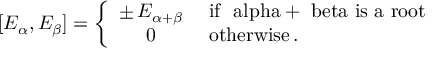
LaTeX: [ E _ { \alpha } , E _ { \beta } ] = \left\{ \begin{array} { c l } { { \pm \, E _ { \alpha + \beta } } } & { { \mathrm { ~ i f ~ \ a l p h a + \ b e t a ~ i s ~ a ~ r o o t } } } \\ { { 0 } } & { { \mathrm { ~ o t h e r w i s e } \, . } } \end{array} \right.